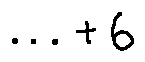
\cdots + 6